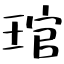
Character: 琯